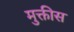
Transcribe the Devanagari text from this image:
मुक्तीस